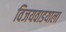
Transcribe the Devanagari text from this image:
विजयवाडयाला